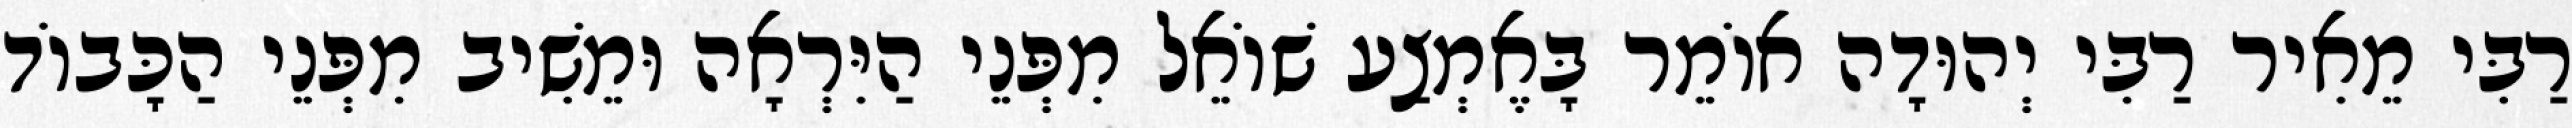
רַבִּי מֵאִיר רַבִּי יְהוּדָה אוֹמֵר בָּאֶמְצַע שׁוֹאֵל מִפְּנֵי הַיִּרְאָה וּמֵשִׁיב מִפְּנֵי הַכָּבוֹד